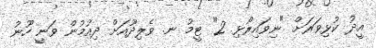
އީދު ކުޅިވަރަށް "ނިވައިރޯޅި 2" ޓީމު ނ. ވެލިދޫއަށް ދިއުމުން ވަނީ ހޫނު